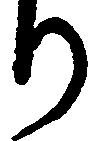
り